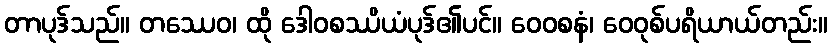
တာပုဒ်သည်။ တဿေဝ၊ ထို ဒေါဝစဿိယံပုဒ်၏ပင်။ ဝေဝစနံ၊ ဝေဝုစ်ပရိယာယ်တည်း။